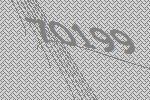
70199